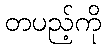
တပည့်ကို